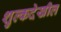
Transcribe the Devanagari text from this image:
शुल्कदेखील